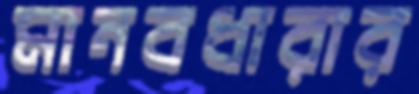
মানবধারার